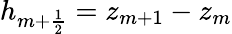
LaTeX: h_{m+\frac{1}{2}}=z_{m+1}-z_{m}